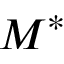
M ^ { * }